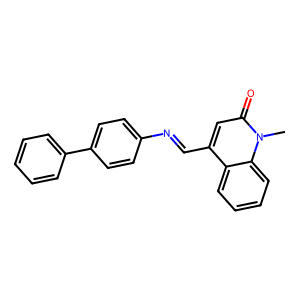
SMILES: Cn1c(=O)cc(C=Nc2ccc(-c3ccccc3)cc2)c2ccccc21
Inhibits HIV replication: No